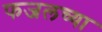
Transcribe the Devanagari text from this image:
फजलच्या